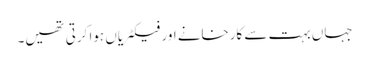
جہاں بہت سے کارخانے اور فیکٹریاں ہوا کرتی تھیں۔